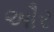
ઔર